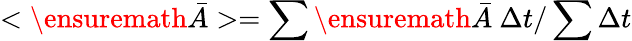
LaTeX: <\ensuremath{\bar{A}}>=\sum\ensuremath{\bar{A}}\ \Delta t/\sum\Delta t